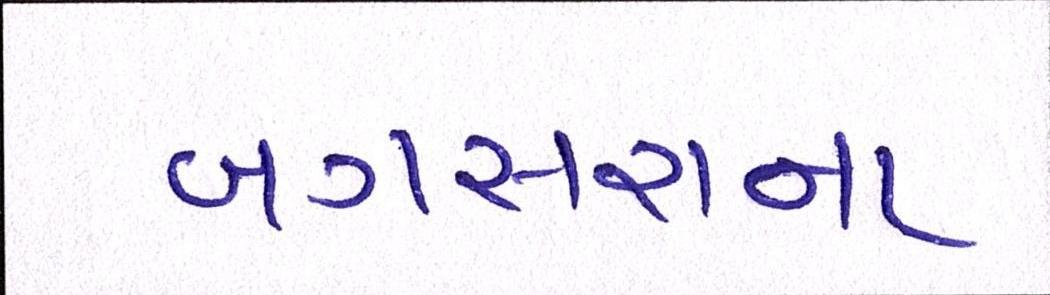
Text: બગસરાના